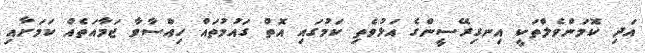
އަދި ކޮމަންވެލްތަކީ އިނގިރޭސީންގެ އަޅުވެތި ކަމުގައި އޮތް ގައުމުތައް ހިއްސާވާ ޖަމާއަތެއް ކަމަށާއި